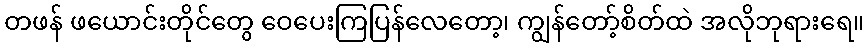
တဖန် ဖယောင်းတိုင်တွေ ဝေပေးကြပြန်လေတော့၊ ကျွန်တော့်စိတ်ထဲ အလိုဘုရားရေ။